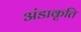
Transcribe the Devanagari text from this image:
अंडाकृति